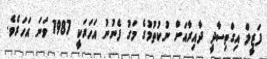
ފަޒީލް އިގްތިސާދީ ދާއިރާއަށް ނުކުތުމުގެ މަގު ފެނުނު އަހަރަކީ 1987 ވަނަ އަހަރެވެ.